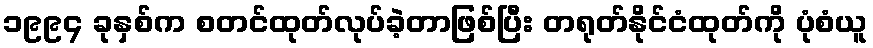
၁၉၉၄ ခုနှစ်က စတင်ထုတ်လုပ်ခဲ့တာဖြစ်ပြီး တရုတ်နိုင်ငံထုတ်ကို ပုံစံယူ